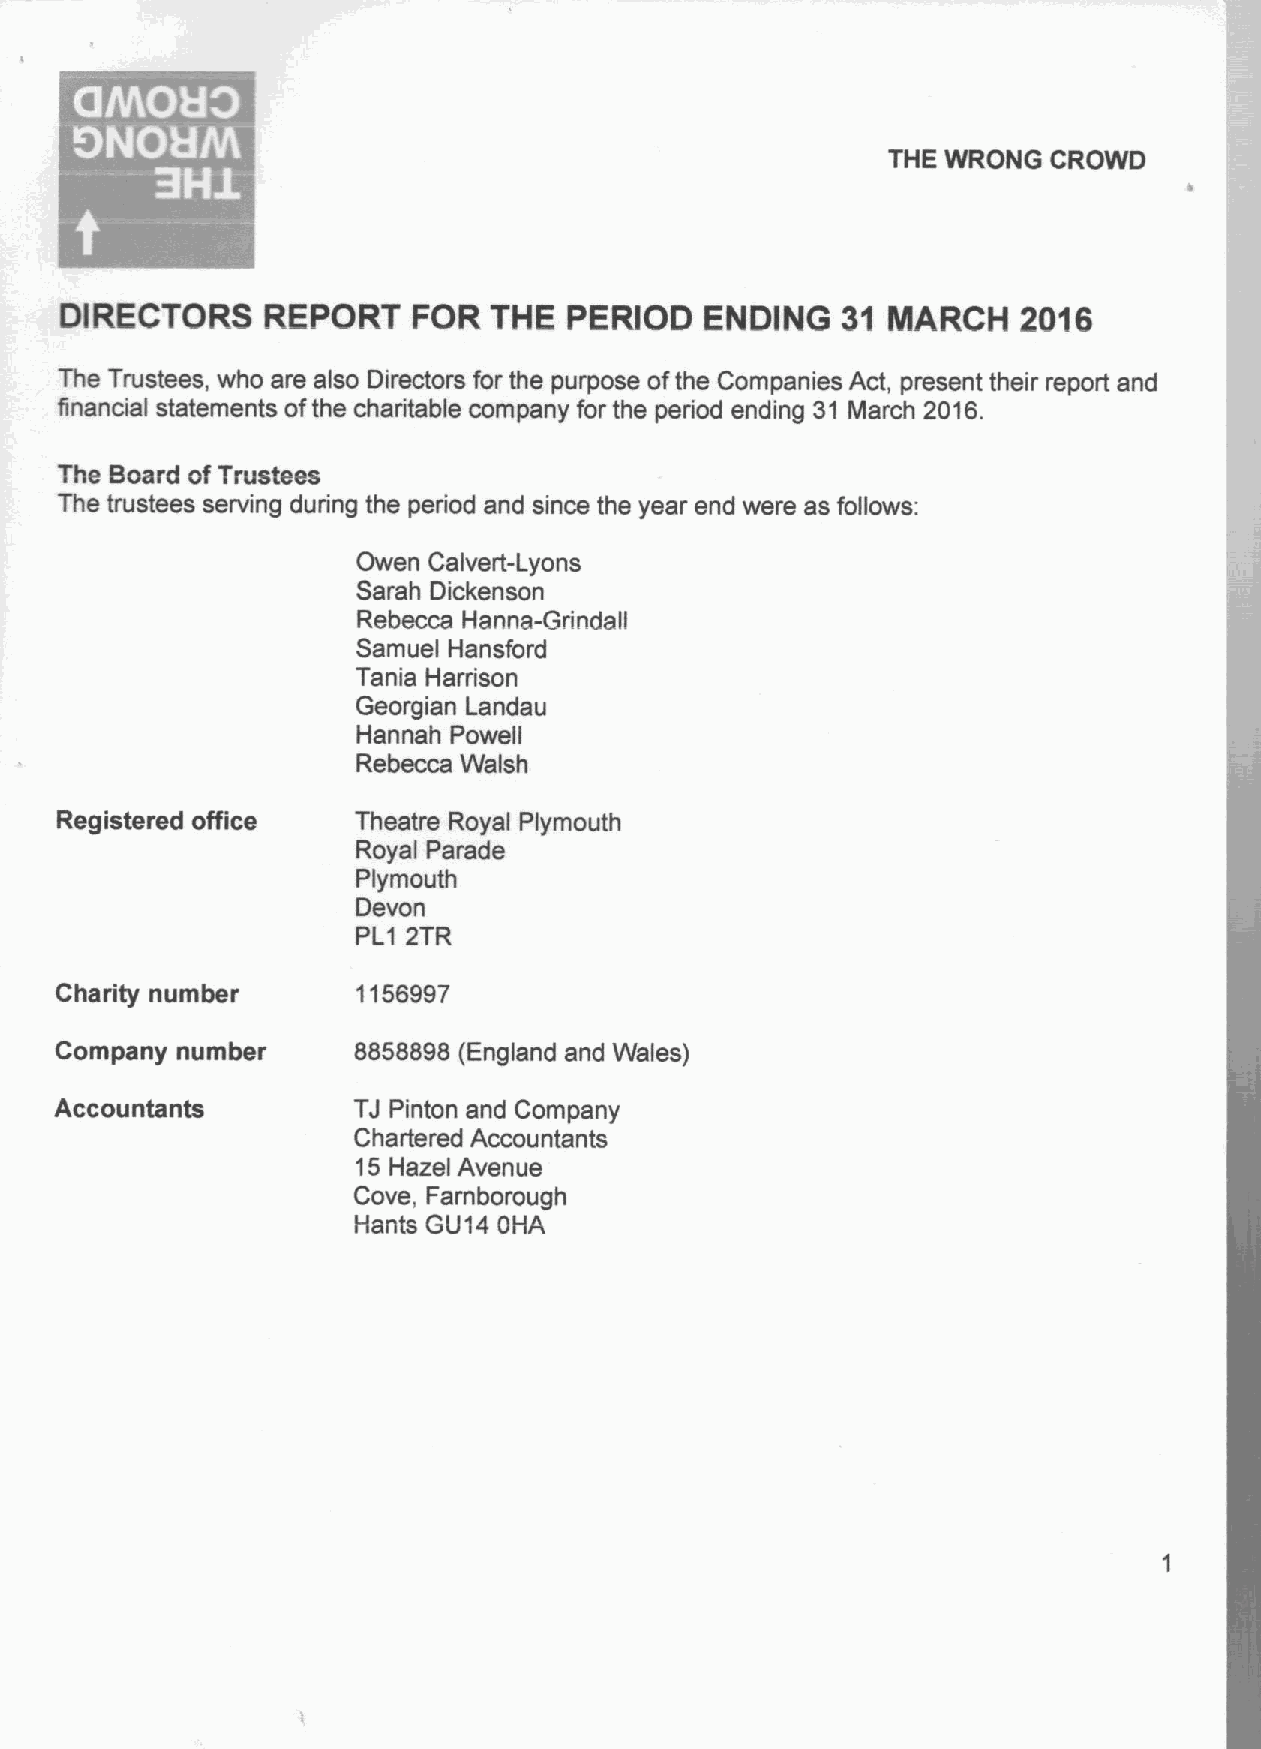
~    ~ ~
 ~ e
 THE WRONG  CROWD
 DIRECTORS    REPORT    FOR  THE   PERIOD   ENDING   31 MARCH    2016
 The Trustees, who are also Directors for the purpose ofthe Companies Act, present their report and
 financial statements ofthe charitable company for the period ending 31 March 2016.
 The Board ofTrustees
 The trustees serving during the period and since the year end were as follows:
 Owen Calvert-Lyons
 Sarah Dickenson
 Rebecca Hanna-Grindall
 Samuel Hansford
 Tania Hamson
 Georgian Landau
 Hannah Powell
 Rebecca Walsh
 Registered office  Theatre Royal Plymouth
 Royal Parade
 Plymouth
 Devon
 PL1 2TR
 Charity number      1156997
 Company number     8858898 (England and Wales)
 Accountants        TJ Pinton and Company
 Chartered Accountants
 15Hazel Avenue
 Cove, Famborough
 Hants GU14 OHA